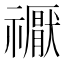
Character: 𥜒